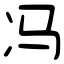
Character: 冯